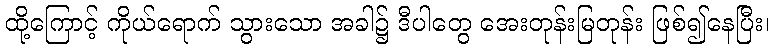
ထို့ကြောင့် ကိုယ်ရောက် သွားသော အခါ၌ ဒီပါတွေ အေးတုန်းမြတုန်း ဖြစ်၍နေပြီး၊